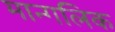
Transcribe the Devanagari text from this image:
मान्गलिक